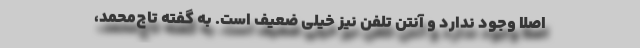
اصلا وجود ندارد و آنتن تلفن نیز خیلی ضعیف است. به گفته تاج‌محمد،